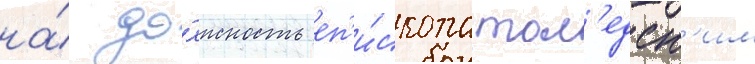
на́ до́лжность еп'и́скопа тол'едск'им